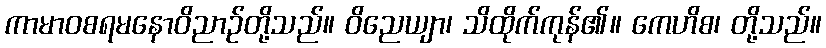
ကာမာဝစရမနောဝိညာဉ်တို့သည်။ ဝိညေယျာ၊ သိထိုက်ကုန်၏။ ကေဟိစ၊ တို့သည်။